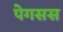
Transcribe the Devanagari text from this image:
पेगसस